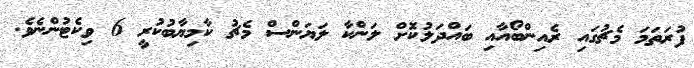
ފުރަތަމަ މެޗުގައި ރެއިންބޯއާއި ބައްދަލުކޮށް ލަންކާ ލަޔަންސް މެޗު ކާމިޔާބުކުރީ 6 ވިކެޓުންނެވެ.